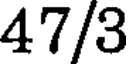
47/3